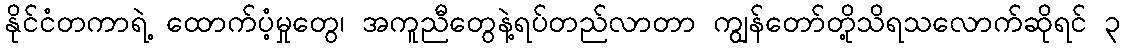
နိုင်ငံတကာရဲ့ ထောက်ပံ့မှုတွေ၊ အကူညီတွေနဲ့ရပ်တည်လာတာ ကျွန်တော်တို့သိရသလောက်ဆိုရင် ၃